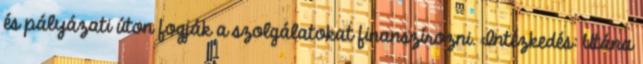
és pályázati úton fogják a szolgálatokat finanszírozni. Intézkedés: Utána